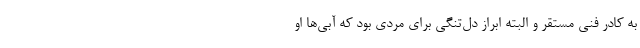
به کادر فنی مستقر و البته ابراز دل‌تنگی برای مردی بود که آبی‌ها او